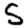
Digit: 5